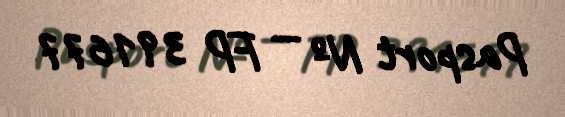
Pasport № — FP 391677